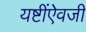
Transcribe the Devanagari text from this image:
यष्टींऐवजी